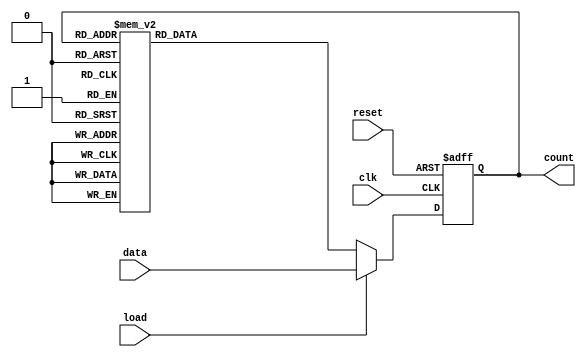
module johnson_counter (
    input wire clk,
    input wire reset,
    input wire load,
    input wire [3:0] data,
    output reg [3:0] count
);

reg [3:0] next_count;

always @(posedge clk or posedge reset) begin
    if (reset) begin
        count <= 4'b0000;
    end else if (load) begin
        count <= data;
    end else begin
        count <= next_count;
    end
end

always @* begin
    case (count)
        4'b0000: next_count = 4'b0001;
        4'b0001: next_count = 4'b0011;
        4'b0011: next_count = 4'b0111;
        4'b0111: next_count = 4'b1111;
        4'b1111: next_count = 4'b1110;
        4'b1110: next_count = 4'b1100;
        4'b1100: next_count = 4'b1000;
        4'b1000: next_count = 4'b0000;
        default: next_count = 4'bxxxx;
    endcase
end

endmodule